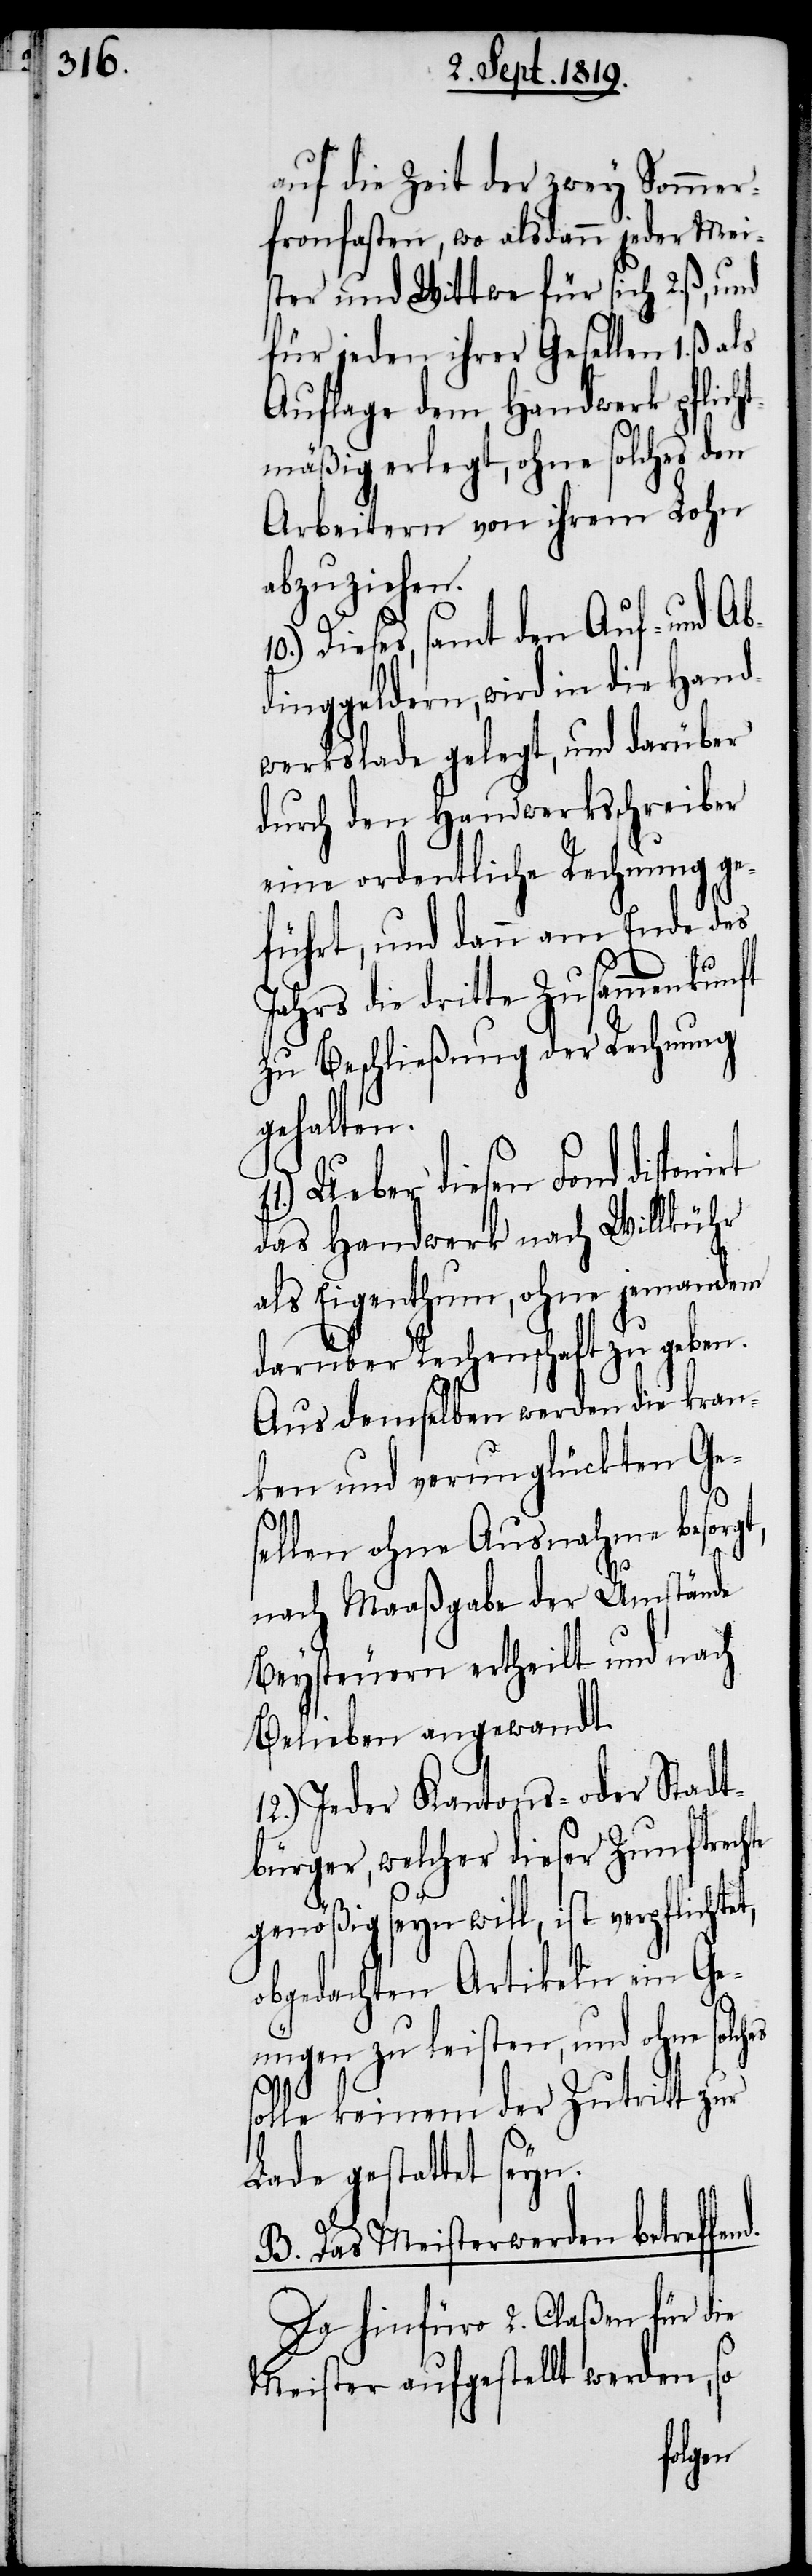
auf die Zeit der zwey Sommer¬
fronfasten, wo alsdann jeder Mei¬
ster und Wittwe für sich 2. ß.,
für jeden ihrer Gesellen 1. ß.
Auflage dem Handwerk pflich¬
tmäßig erlegt, ohne solches den
Arbeitern von ihrem Lohn
abzuziehen.
Dieses, samt den Auf- und Abd¬
inggeldern, wird in die Hand¬
werkslade gelegt, und darüber
durch den Handwerksschreiber
eine ordentliche Rechnung ge¬
führt, und dann am Ende des
Jahrs die dritte Zusammenkunft
zu Beschließung der Rechnung
gehalten.
Ueber diesen Fond disponi¬
das Handwerk nach Willkühr
als Eigenthum, ohne jemanden
darüber Rechenschaft zu geben.
Aus demselben werden die kran¬
ken und verunglückten Ges¬
d.
ellen ohne Ausnahme besorgt,
nach Maaßgabe der Umstände
Beysteuern ertheilt und nach
Belieben angwandt.
12.) Jeder Kantons- oder Stadt¬
bürger, welcher dieser Zunftrechte
genößig seyn will, ist verpflichte¬
obgedachten Artikeln ein Ge¬
nügen zu leisten, und ohne solch¬
solle einem der Zutritt zur
Lade gestattet seyn.
B. Das Meisterwerden betreffen¬
Da hinfüro 2. Claßen für die
Meister aufgestellt werden, so